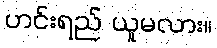
ဟင်းရည် ယူမလား။